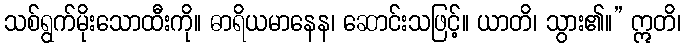
သစ်ရွက်မိုးသောထီးကို။ ဓာရိယမာနေန၊ ဆောင်းသဖြင့်။ ယာတိ၊ သွား၏။” ဣတိ၊